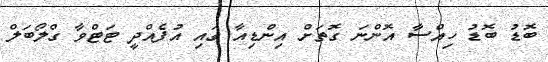
ބޮޑު ބޮޑު ހިއްސާ އޮންނަ ގޮތަށް އިންޑިއާ ގައި އުފެއްދީ ޓަޓްވާ ގްލޯބަލް